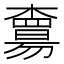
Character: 𣝻